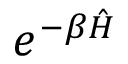
e ^ { - \beta \hat { \cal H } }